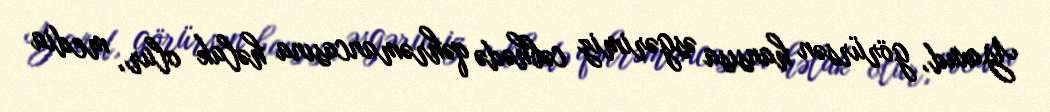
Yaxud, görürsən hansısa əsgərimiz cəbhədə qəhrəmancasına həlak olur, media